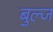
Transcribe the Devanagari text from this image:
बुल्ज